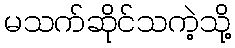
မသက်ဆိုင်သကဲ့သို့